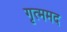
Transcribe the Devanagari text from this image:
गृत्ममद